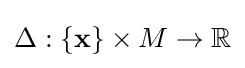
\Delta :\{\mathbf {x} \}\times M\to \mathbb {R}